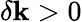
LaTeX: \delta\mathbf{k}>0